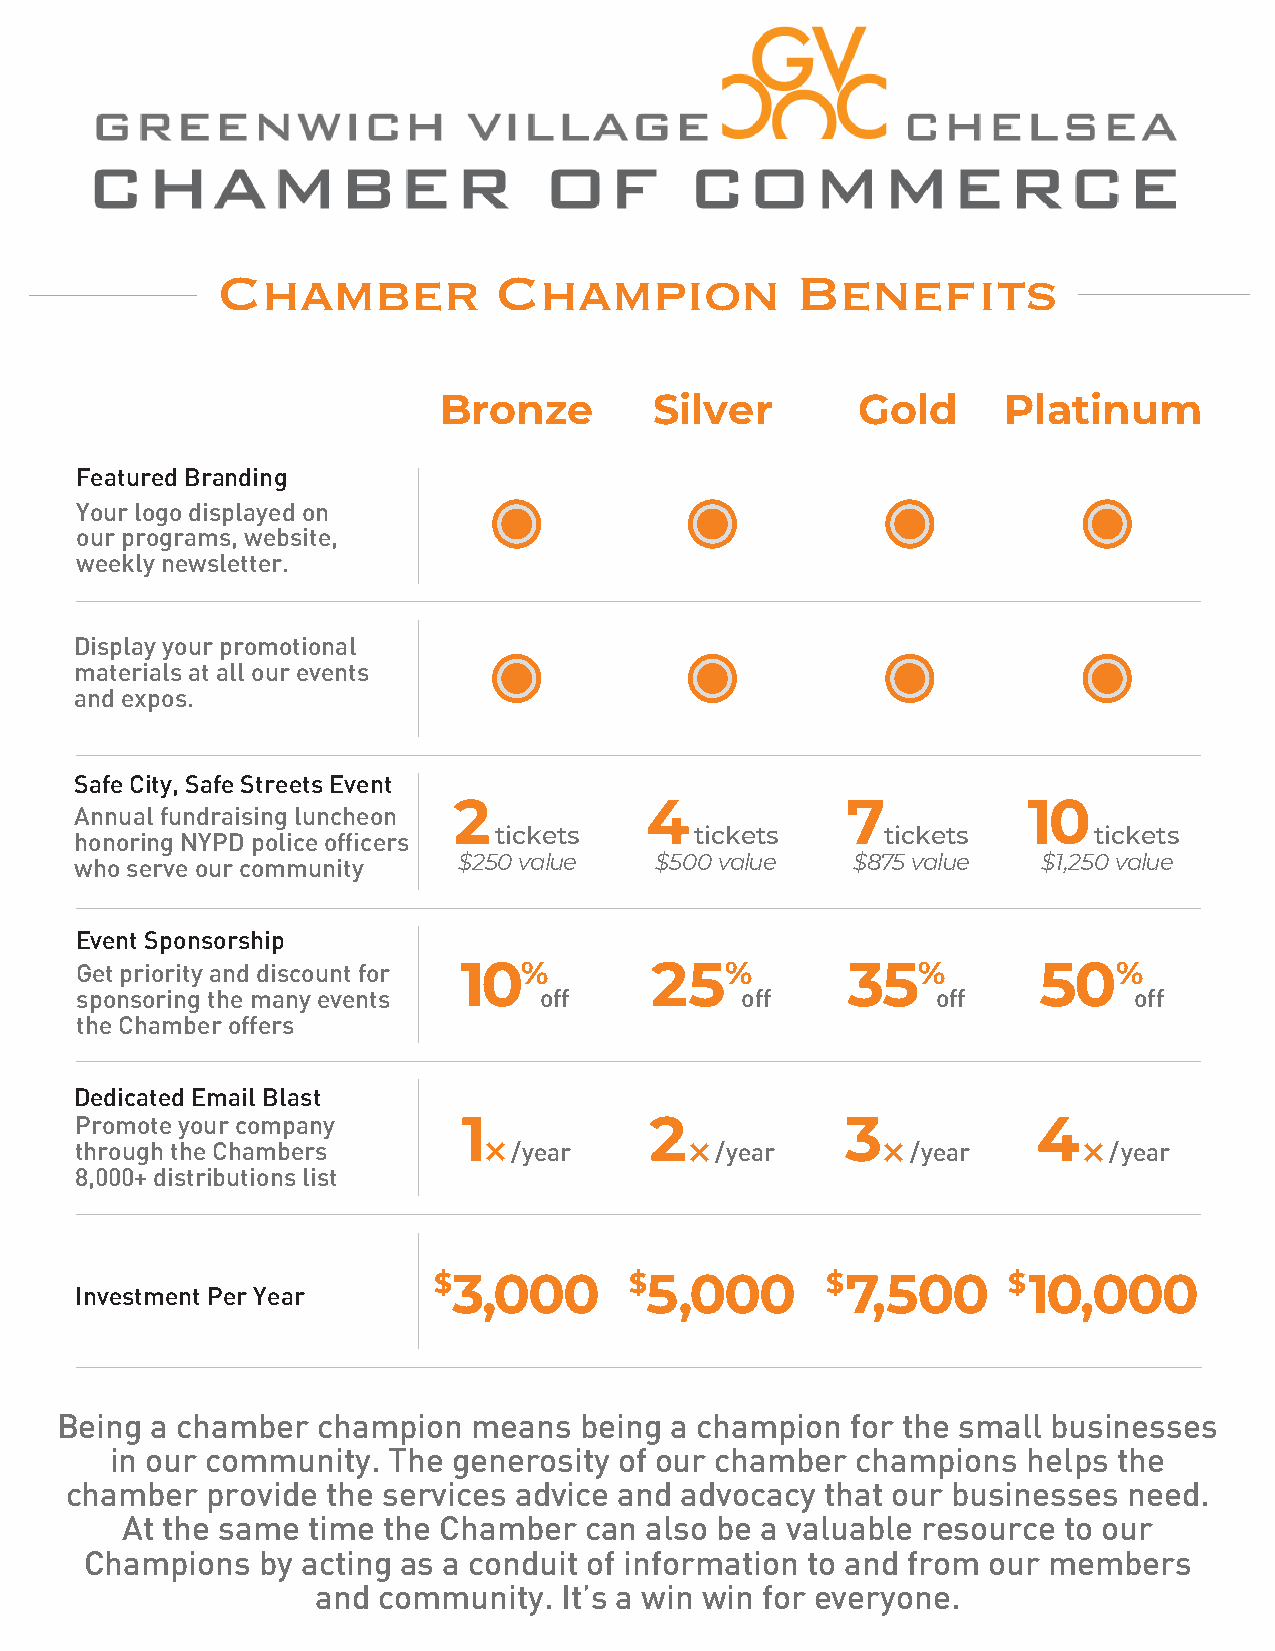
Bronze        Silver        Gold     Platinum
 Featured Branding
 Your logo displayed on
 our programs, website,
 weekly newsletter.
 Display your promotional
 materials at all our events
 and expos.
 Safe City, Safe Streets Event
 2            4            7           10
 Annual fundraising luncheon
 tickets      tickets     tickets       tickets
 honoring NYPD police officers
 who serve our community  $250 value   $500 value   $875 value   $1,250 value
 Event Sponsorship
 Get priority and discount for 10%     25%          35%          50%
 sponsoring the many events     off          off          off          off
 the Chamber offers
 Dedicated Email Blast
 Promote your company      1           2            3            4
 ×            ×            ×            ×
 through the Chambers         /year        /year        /year        /year
 8,000+ distributions list
 $3,000       $5,000       $7,500      $10,000
 Investment Per Year
 Being a chamber  champion  means  being a champion  for the small businesses
 in our community.  The generosity of our chamber  champions  helps the
 chamber   provide the services advice and advocacy that our businesses need.
 At the same time the Chamber   can also be a valuable resource to our
 Champions  by acting as a conduit of information to and from our members
 and community.  It’s a win win for everyone.